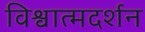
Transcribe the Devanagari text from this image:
विश्वात्मदर्शन